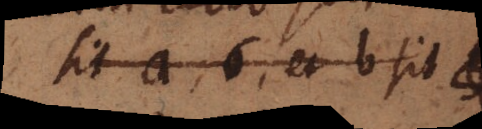
sit a, 6, et b sit